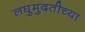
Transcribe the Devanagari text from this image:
लघुमुदतीच्‍या